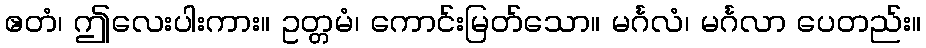
ဧတံ၊ ဤလေးပါးကား။ ဥတ္တမံ၊ ကောင်းမြတ်သော။ မင်္ဂလံ၊ မင်္ဂလာ ပေတည်း။